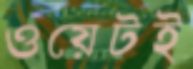
ওয়েটই